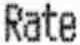
RATE